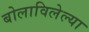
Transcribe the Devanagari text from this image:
बोलाविलेल्या